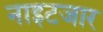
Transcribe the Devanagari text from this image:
नाइटजार